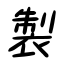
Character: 製